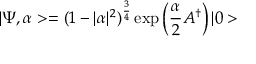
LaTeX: | \Psi , \alpha > = ( 1 - | \alpha | ^ { 2 } ) ^ { \frac { 3 } { 4 } } \exp \left( \frac { \alpha } { 2 } A ^ { \dagger } \right) | 0 >